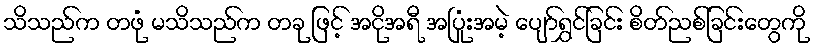
သိသည်က တဖုံ မသိသည်က တခု ဖြင့် အငိုအရီ အပြုံးအမဲ့ ပျော်ရွှင်ခြင်း စိတ်ညစ်ခြင်းတွေကို